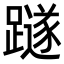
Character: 𨆏